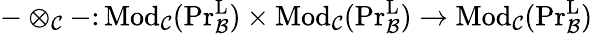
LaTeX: -\otimes_{\mathcal{C}}-\colon\mathrm{{Mod}}_{\mathcal{C}}(\textup{Pr}_{\mathcal{B}}^{\textup{L}})\times{\mathrm{Mod}}_{\mathcal{C}}(\textup{Pr}_{\mathcal{B}}^{\textup{L}})\to\mathrm{{Mod}}_{\mathcal{C}}(\textup{Pr}_{\mathcal{B}}^{\textup{L}})